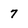
Character: 7